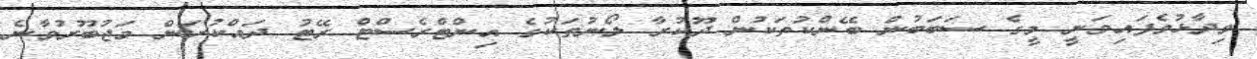
ވިދާޅުވެފައިވަނީ މީގެ ސަބަބުން ބޭންކުތަކުން ދޫކުރާ ލޯނުތަކުގެ އިންޓްރެސްޓް ރޭޓު ދައްކުރަން މަޖުބޫރުވާނެ